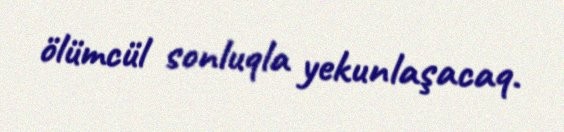
ölümcül sonluqla yekunlaşacaq.